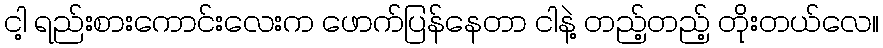
ငါ့ ရည်းစားကောင်းလေးက ဖောက်ပြန်နေတာ ငါနဲ့ တည့်တည့် တိုးတယ်လေ။